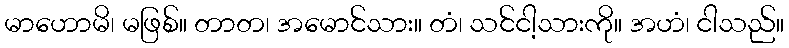
မာဟောမိ၊ မဖြစ်။ တာတ၊ အမောင်သား။ တံ၊ သင်ငါ့သားကို။ အဟံ၊ ငါသည်။